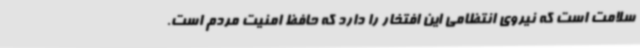
سلامت است که نیروی انتظامی این افتخار را دارد که حافظ امنیت مردم است.